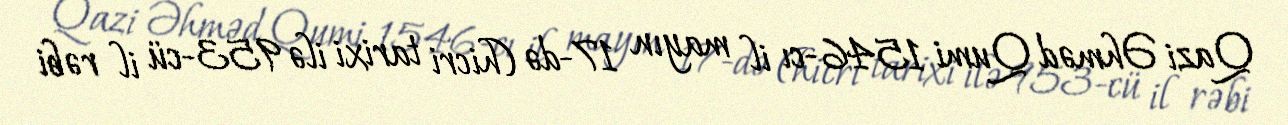
Qazi Əhməd Qumi 1546-cı il mayın 17-də (hicri tarixi ilə 953-cü il rəbi